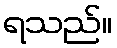
ရသည်။